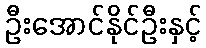
ဦးအောင်နိုင်ဦးနှင့်